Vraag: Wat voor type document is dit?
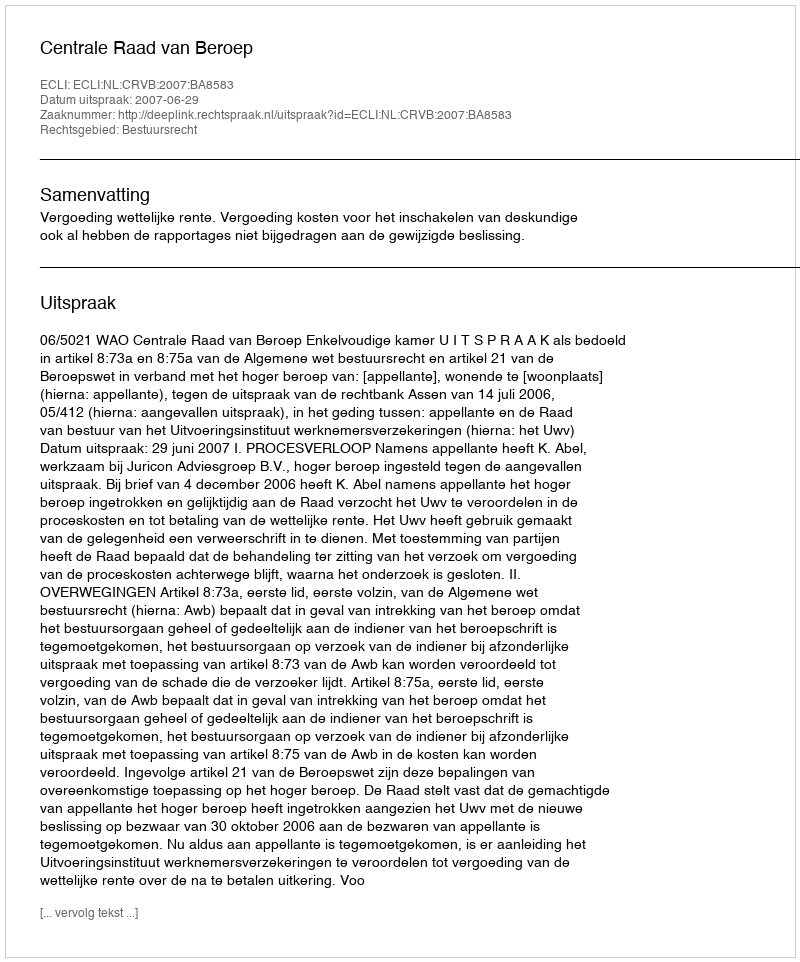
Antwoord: Uitspraak